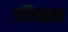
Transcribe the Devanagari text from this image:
उचियामा